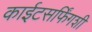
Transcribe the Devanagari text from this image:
काईटसर्फिंगशी